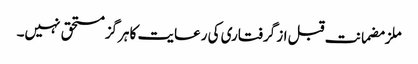
ملزمضمانت قبل از گرفتاری کی رعایت کا ہرگز مستحق نہیں۔